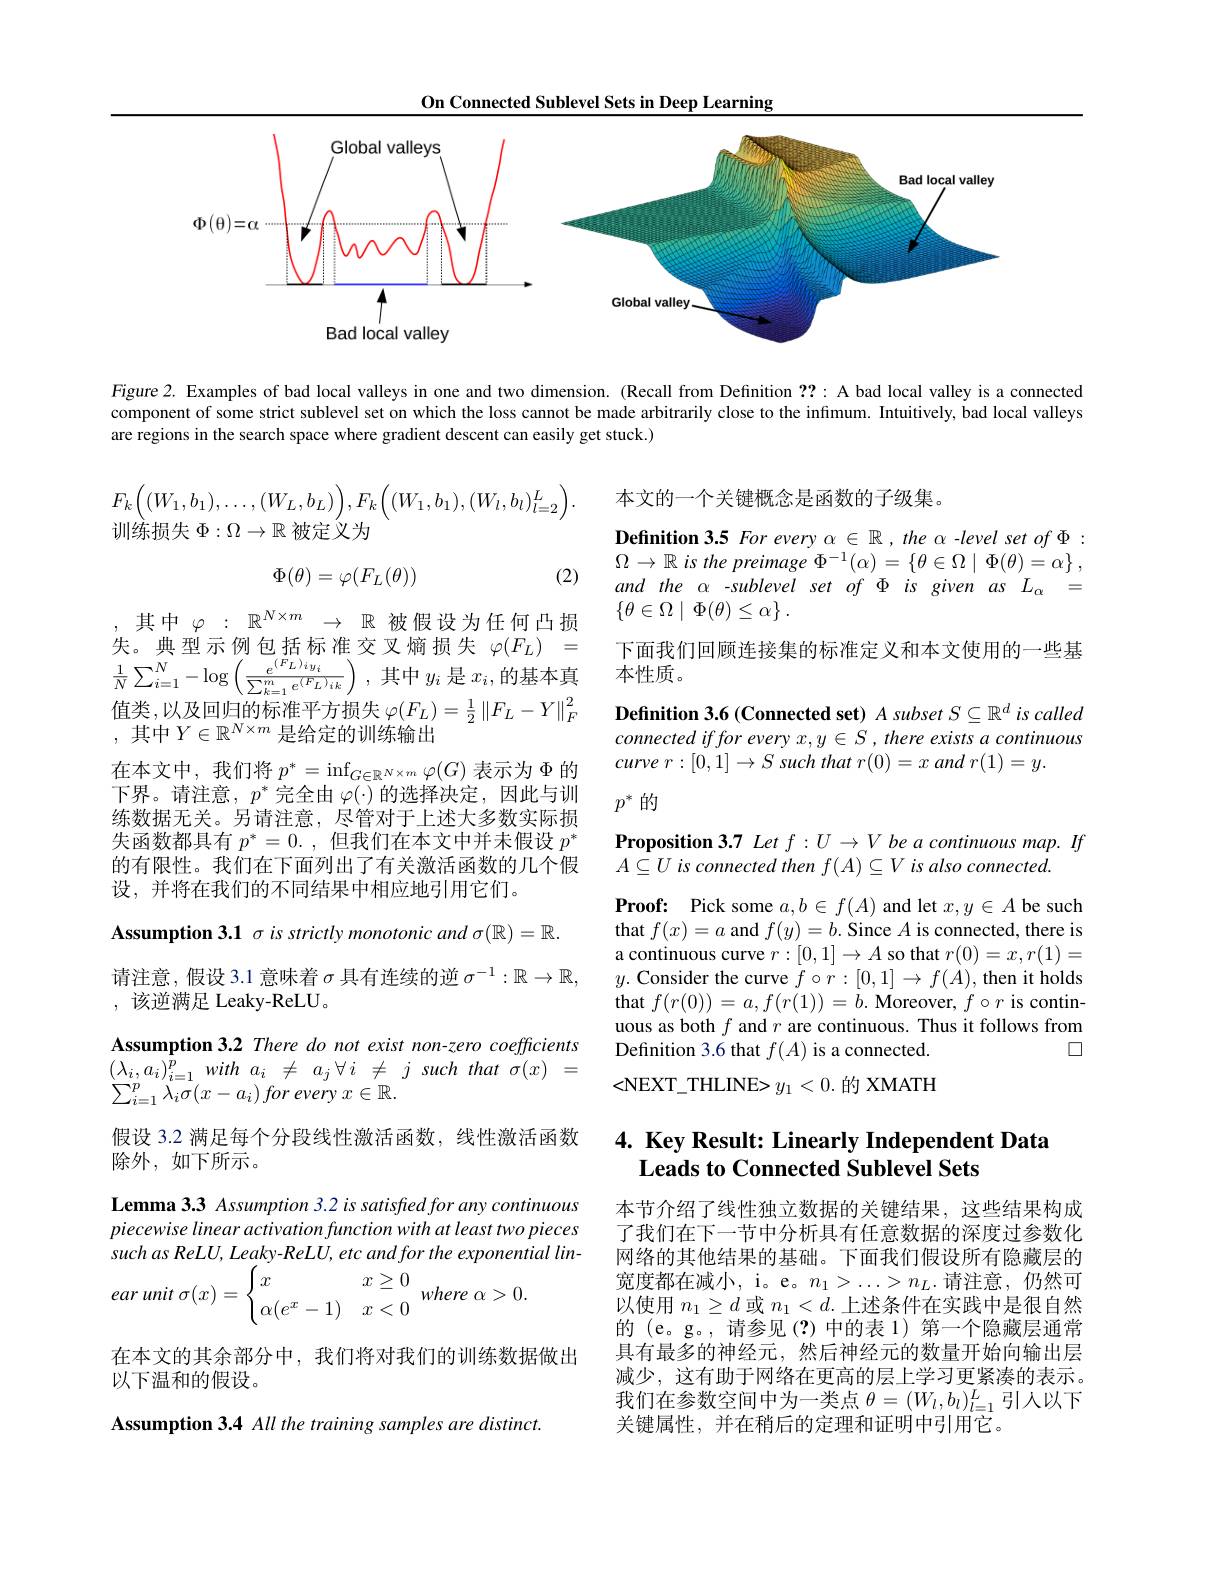
On Connected Sublevel Sets in Deep Learning

<FigureHere>

Figure 2. Examples of bad local valleys in one and two dimension. (Recall from Definition ??: A bad local valley is a connected component of some strict sublevel set on which the loss cannot be made arbitrarily close to the infimum. Intuitively, bad local valleys are regions in the search space where gradient descent can easily get stuck.)

本文的一个关键概念是函数的子级集。
$$F_{k}\Big((W_{1},b_{1}),\ldots,(W_{L},b_{L})\Big),F_{k}\Big((W_{1},b_{1}),(W_{l},b_{l})_{l=2}^{L}\Big).$$
训练损失$\Phi:\Omega\to\mathbb{R}$被定义为

(2)
$$\Phi(\theta)=\varphi(F_L(\theta))$$
Definition 3.5 For every $\alpha\in\mathbb{R},the\alpha$ -level set of $\Phi:$ $\Omega \to \mathbb{R}$ $is$ the preimage $\Phi ^{- 1}( \alpha ) = \{ \theta \in \Omega \mid \Phi ( \theta ) = \alpha \}$ , and the $\alpha$ -sublevel set of $\Phi$ is given as $L_\alpha=$ $\{ \theta \in \Omega \mid \Phi ( \theta ) \leq \alpha \}$ .
下面我们回顾连接集的标准定义和本文使用的一些基

失。典型示例包括标准交叉熵损失$\varphi(F_L)=$
失 。典 型 示 例 包 括 标 准 父 义 熵 损 失 $\varphi ( F_{L})$ = 下 面 我 们 $\frac 1N\sum _{i= 1}^{N}- \log \left ( \frac {e^{( F_{L}) iy_{i}}}{\sum _{k= 1}^{m}e^{( F_{L}) }ik}\right )$ ,其 中 $y_{i}$ 是 $x_{i}$,的 基 本 真 本 性 质 。估 米 以 及 同 归 的 标 准 亚 于 超 件 $( F$ $) - ^{1}\| F$ $V\| ^{2}$
值类，以及回归的标准平方损失$\varphi(F_L)=\frac12\left\|F_L-Y\right\|_F^2$

Definition 3.6 (Connected set) A subset $S\subseteq\mathbb{R}^d$ is called connectediffor every $x,y\in S,there$ exists a continuous curve $r: [ 0, 1] \to S$ such that $r( 0) = x$ and $r( 1) = y.$

,其中$\varphi:\mathbb{R}^N\times m\to\mathbb{R}$被假设为任何凸损
,其中$Y\in\mathbb{R}^N\times m$是给定的训练输出
在本文中，我们将$p^*=\inf_{G\in\mathbb{R}^{N\times m}}\varphi(G)$表示为$\Phi$的下界。请注意，$p^*$完全由 $\varphi(\cdot)$ 的选择决定，因此与训练数据无关。另请注意，尽管对于上述大多数实际损失函数都具有$p^*=0.$,但我们在本文中并未假设$p^*$ 的有限性。我们在下面列出了有关激活函数的几个假设，并将在我们的不同结果中相应地引用它们。
Assumption 3.1 $\sigma$ is strictly monotonic and $\sigma(\mathbb{R})=\mathbb{R}.$

$p^*$的

Proposition 3.7 Let $f:U\to V$ be a continuous map. If
$A\subseteq U$ is connected then $f( A) \subseteq V\textit{is also connected}$
$\textbf{Proof: Pick some }a, b\in f( A)$ and let $x, y\in A$ be such that $f( x) = a$ and $f( y) = b.$ Since $A$ is connected, there is a continuous curve $r:[0,1]\to A$ so that $r(0)=x,r(1)=$ $y.$ Consider the curve $f\circ r:[0,1]\to f(A)$, then it holds that $f(r(0))=a,f(r(1))=b.$ Moreover, $f\circ r$ is continuous as both $f$ and $r$ are continuous. Thus it follows from
$\square$
Definition 3.6 that $f(A)$ is a connected.

<NEXT\_THLINE>$y_{1}<0.$的 XMATH

请注意，假设 3.1 意味着$\sigma$具有连续的逆$\sigma^{-1}:\mathbb{R}\to\mathbb{R}$,
,该逆满足 Leaky-ReLU。
Assumption 3.2 There do not exist non-zero coefficients $( \lambda _{i}, a_{i}) _{i= 1}^{p}$ with $a_{i}$ $\neq$ $a_{j}\forall i$ $\neq$ $j$ such that $\sigma ( x)$ = $\sum _{i= 1}^{p}\lambda _{i}\sigma ( x- a_{i}) \textit{for every }x\in \mathbb{R} .$
假设 3.2 满足每个分段线性激活函数，线性激活函数
除外，如下所示。
Lemma 3.3 Assumption 3.2 is satisfied for any continuous piecewise linear activation function with at least two pieces such as ReLU, Leaky- ReLU, etc and for the exponential lin- $\textit{rar unit }\sigma ( x) = \left \{ \begin{array} { l l l } {x}& {x\geq 0}\\ {\alpha ( e^{x}- 1) }& {x< 0}\end{array} \right .$where $\alpha>0.$
在本文的其余部分中，我们将对我们的训练数据做出
以下温和的假设。

# 4. Key Result: Linearly Independent Data Leads to Connected Sublevel Sets

本节介绍了线性独立数据的关键结果，这些结果构成了我们在下一节中分析具有任意数据的深度过参数化网络的其他结果的基础。下面我们假设所有隐藏层的宽度都在减小，i。e。$n_1>\ldots>n_L.$请注意，仍然可以使用$n_1\geq d$或$n_1<d.$上述条件在实践中是很自然的 (e。g。,请参见(?)中的表 1)第一个隐藏层通常具有最多的神经元，然后神经元的数量开始向输出层减少，这有助于网络在更高的层上学习更紧凑的表示。我们在参数空间中为一类点$\theta=(W_l,b_l)_{l=1}^L$引人以下关键属性，并在稍后的定理和证明中引用它。

Assumption 3.4 All the training samples are distinct